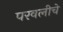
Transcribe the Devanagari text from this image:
परवलीचे